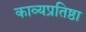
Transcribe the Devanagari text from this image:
काव्यप्रतिष्ठा